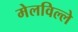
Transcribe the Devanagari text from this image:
मेलविल्ले